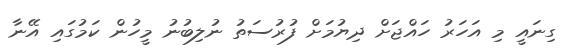
ގިނައީ މި އަހަރު ހައްޖަށް ދިޔުމަށް ފުރުސަތު ނުލިބުނު މީހުން ކަމުގައި އޭނާ